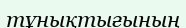
тұнықтығының